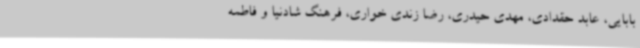
بابایی، عابد حقدادی، مهدی حیدری، رضا زندی خواری، فرهنگ شادنیا و فاطمه